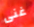
غنى